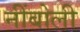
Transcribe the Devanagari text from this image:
नींबोली